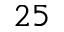
2 5